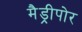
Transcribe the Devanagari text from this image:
मैड्रीपोर